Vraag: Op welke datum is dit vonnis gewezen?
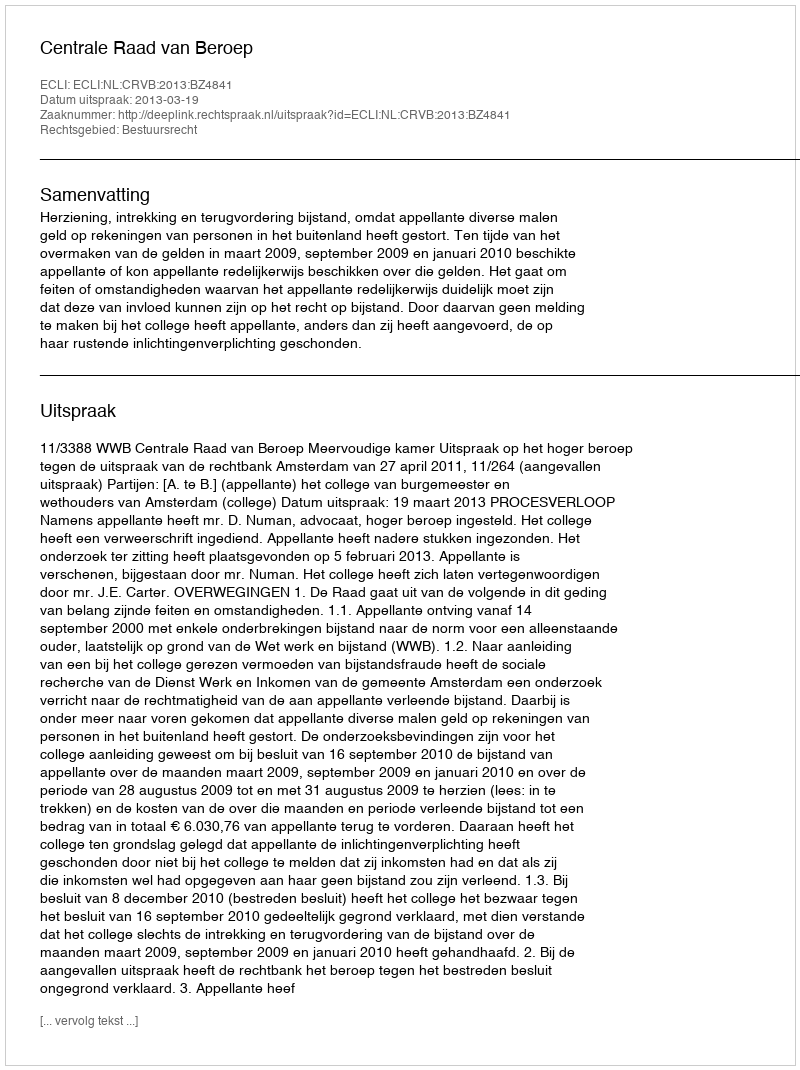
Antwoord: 2013-03-19